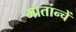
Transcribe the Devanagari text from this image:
मातान्चें